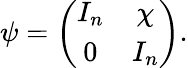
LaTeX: \psi=\left(\begin{array}{cc}{{I_{n}}}&{{\chi}}\\ {{0}}&{{I_{n}}}\end{array}\right).